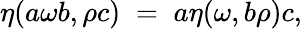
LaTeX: \eta(a\omega b,\rho c)\; =\; a\eta(\omega,b\rho)c,